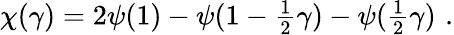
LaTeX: \chi(\gamma)=2\psi(1)-\psi(1-{\textstyle{\frac{1}{2}}}\gamma)-\psi({\textstyle{\frac{1}{2}}}\gamma)\, \, .